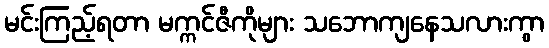
မင်းကြည့်ရတာ မက္ကင်ဇီကိုများ သဘောကျနေသလားကွာ